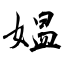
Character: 媪